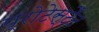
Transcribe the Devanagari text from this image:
प्रोटेस्टैँट